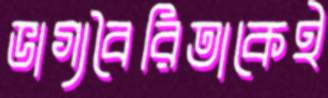
ভাগ্যবৈরিতাকেই